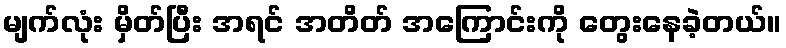
မျက်လုံး မှိတ်ပြီး အရင် အတိတ် အကြောင်းကို တွေးနေခဲ့တယ်။